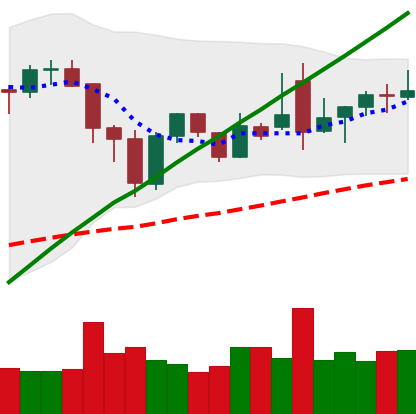
Ticker: BNB-USD
Chart end date: 2021-12-01
Forward return: -6.165%
Label: down_5_7